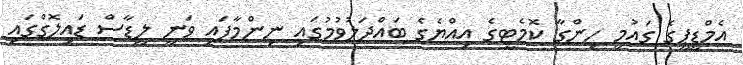
އެމްޑީޕީގެ ގައުމީ ހިންގާ ކޮމެޓީގެ އިއްޔެގެ ބައްދަލުވުމުގައި ނިންމާފައި ވަނީ ލީޑާސް ޑައިލޮގްގައި